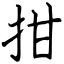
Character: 拑